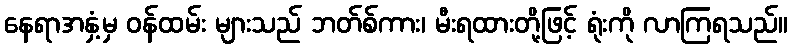
နေရာအနှံ့မှ ဝန်ထမ်း များသည် ဘတ်စ်ကား၊ မီးရထားတို့ဖြင့် ရုံးကို လာကြရသည်။